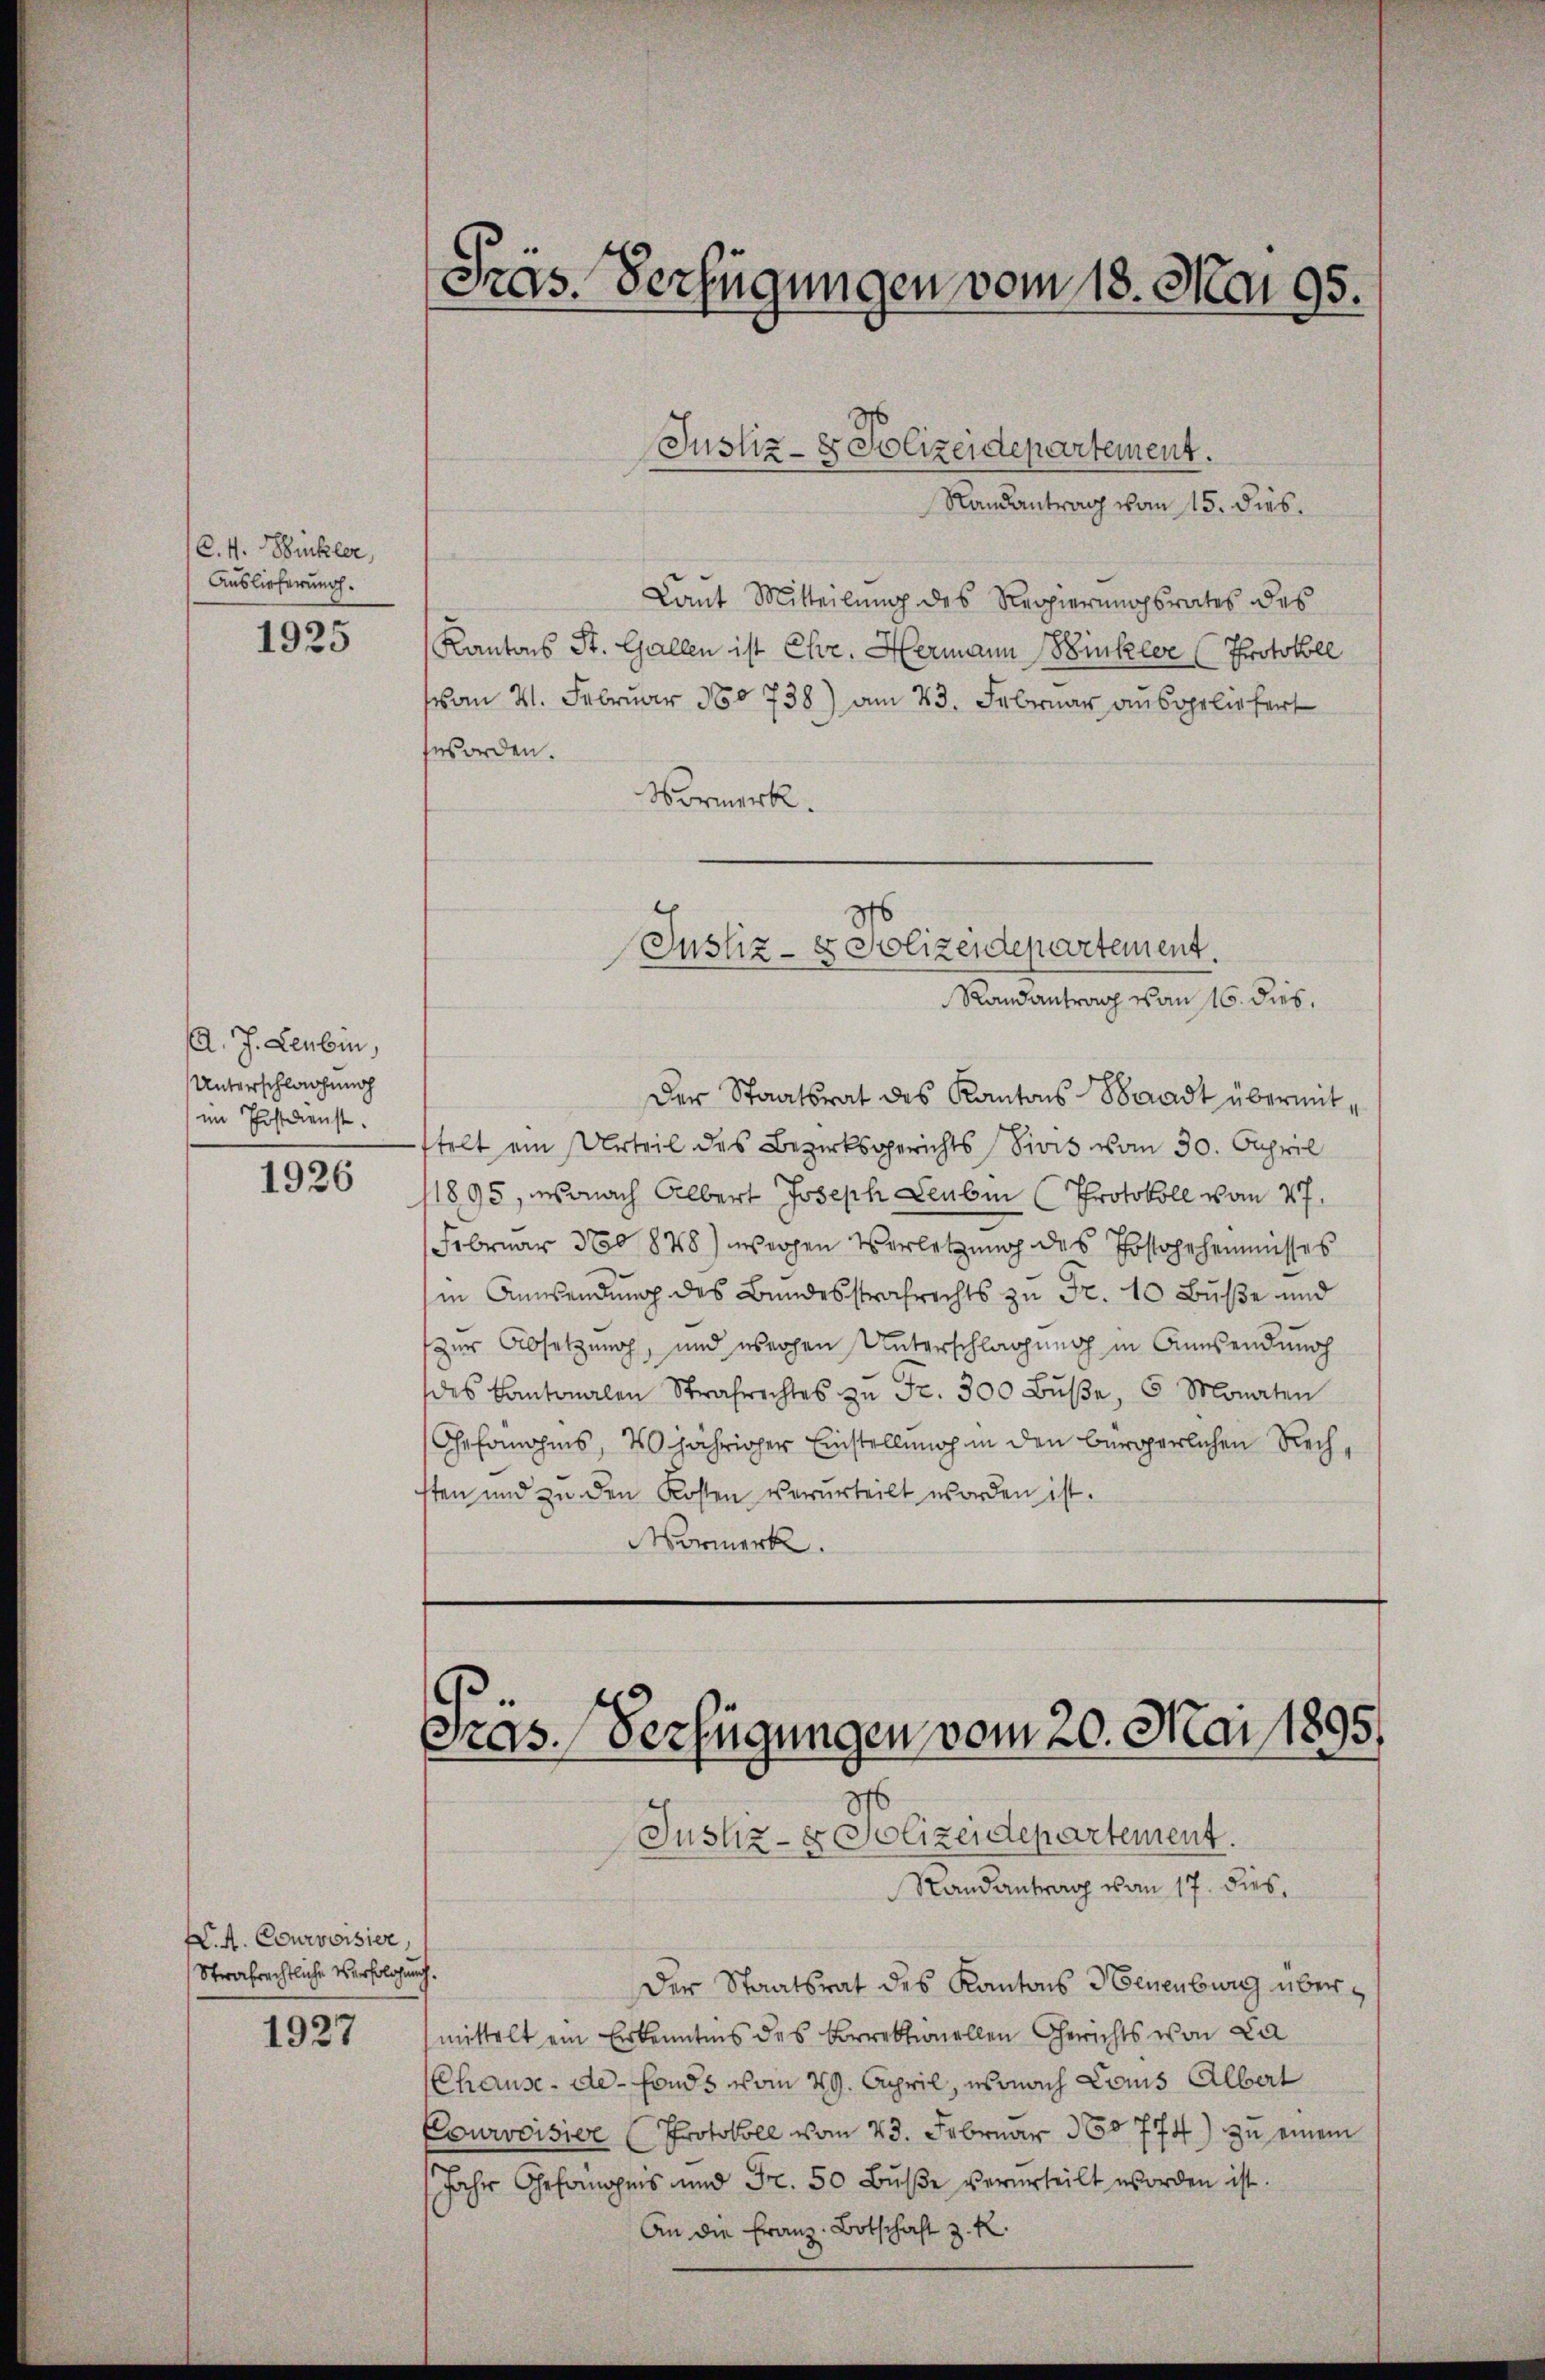
C. 4. Winkler,
Auslieferung.
1925

A. J. Leubin,
Unterschlagung
im Postdienst.
1926

W. A. Courvoisier,
Strafrechtliche Verfolgung.
1927

Justiz- & Polizeidepartement.
Randantrag vom 15. dies.
Laut Mitteilung des Regierungsrates des
Kantons St. Gallen ist Chr. Hermann Winkler (Protokoll
on 4. Februar 180738) am 23. Februar ausgeliefert
worden.
Normerk.
Der Staatsrat des Kantons Waadt übermittelt ein Urteil des Bezirksgerichts Divis vom 30. Capril
11895, wonach Albert Joseph Leubin (Protokoll vom 27.
Februar 370 878) wegen Verletzung des Postgehennisses
in Anwendung des Bundesstrafrechts zu Fr. 10 Buße und
zur Absetzung, und wegen Unterschlagung in Ansendung
des Kantonalen Strafrechtes zŭ Fr. 300 Bŭβe, 6 Monaten
Gefomohiis, 10 jähriger Einstellung in den beroperlichen Rechsten und zu den Kosten verurteilt worden ist.
Vormerk

Präs. Verfügungen vom 18. Mai 95.

6
Justiz- & Polizeidepartement.
Randantrag von 16. dies,

Prös. Verfügungen vom 20. Mai 1895.
8

Justiz- & Polizeidepartement.
Randantrag vom 17. dies
Der Staatsrat des Kantons Neuenburg übermittelt ein Erkenntnis des korrektionellen Gerichts von La
(Chause de - Fonds vom 29. April, sonach Lois Albert
Courvoisive Protokoll vom 23. Februar 180774) zu einem
(Jahr Gefängers und Fr. 50 Bŭβe verurteilt worden ist.
An die Franz Botschaft z. R.